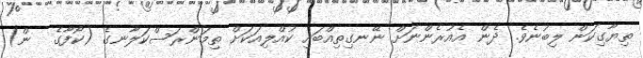
ތިޔާގިކަން ލިބުނެވެ. ދެން އެއުރެންނަށް ނޭނގިތިއްބައި ކުއްލިއަކަށް ތިމަންރަސްކަލާނގެ (ކޯފާގެ  ން)